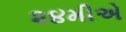
૨૪મીએ